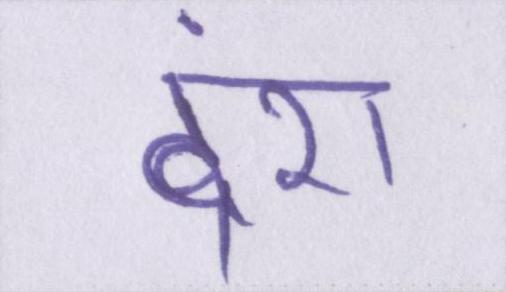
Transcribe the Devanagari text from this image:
दंश